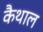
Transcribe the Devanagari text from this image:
कैथाल